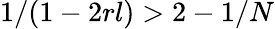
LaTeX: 1/(1-2rl)>2-1/N